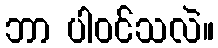
ဘာ ပါဝင်သလဲ။